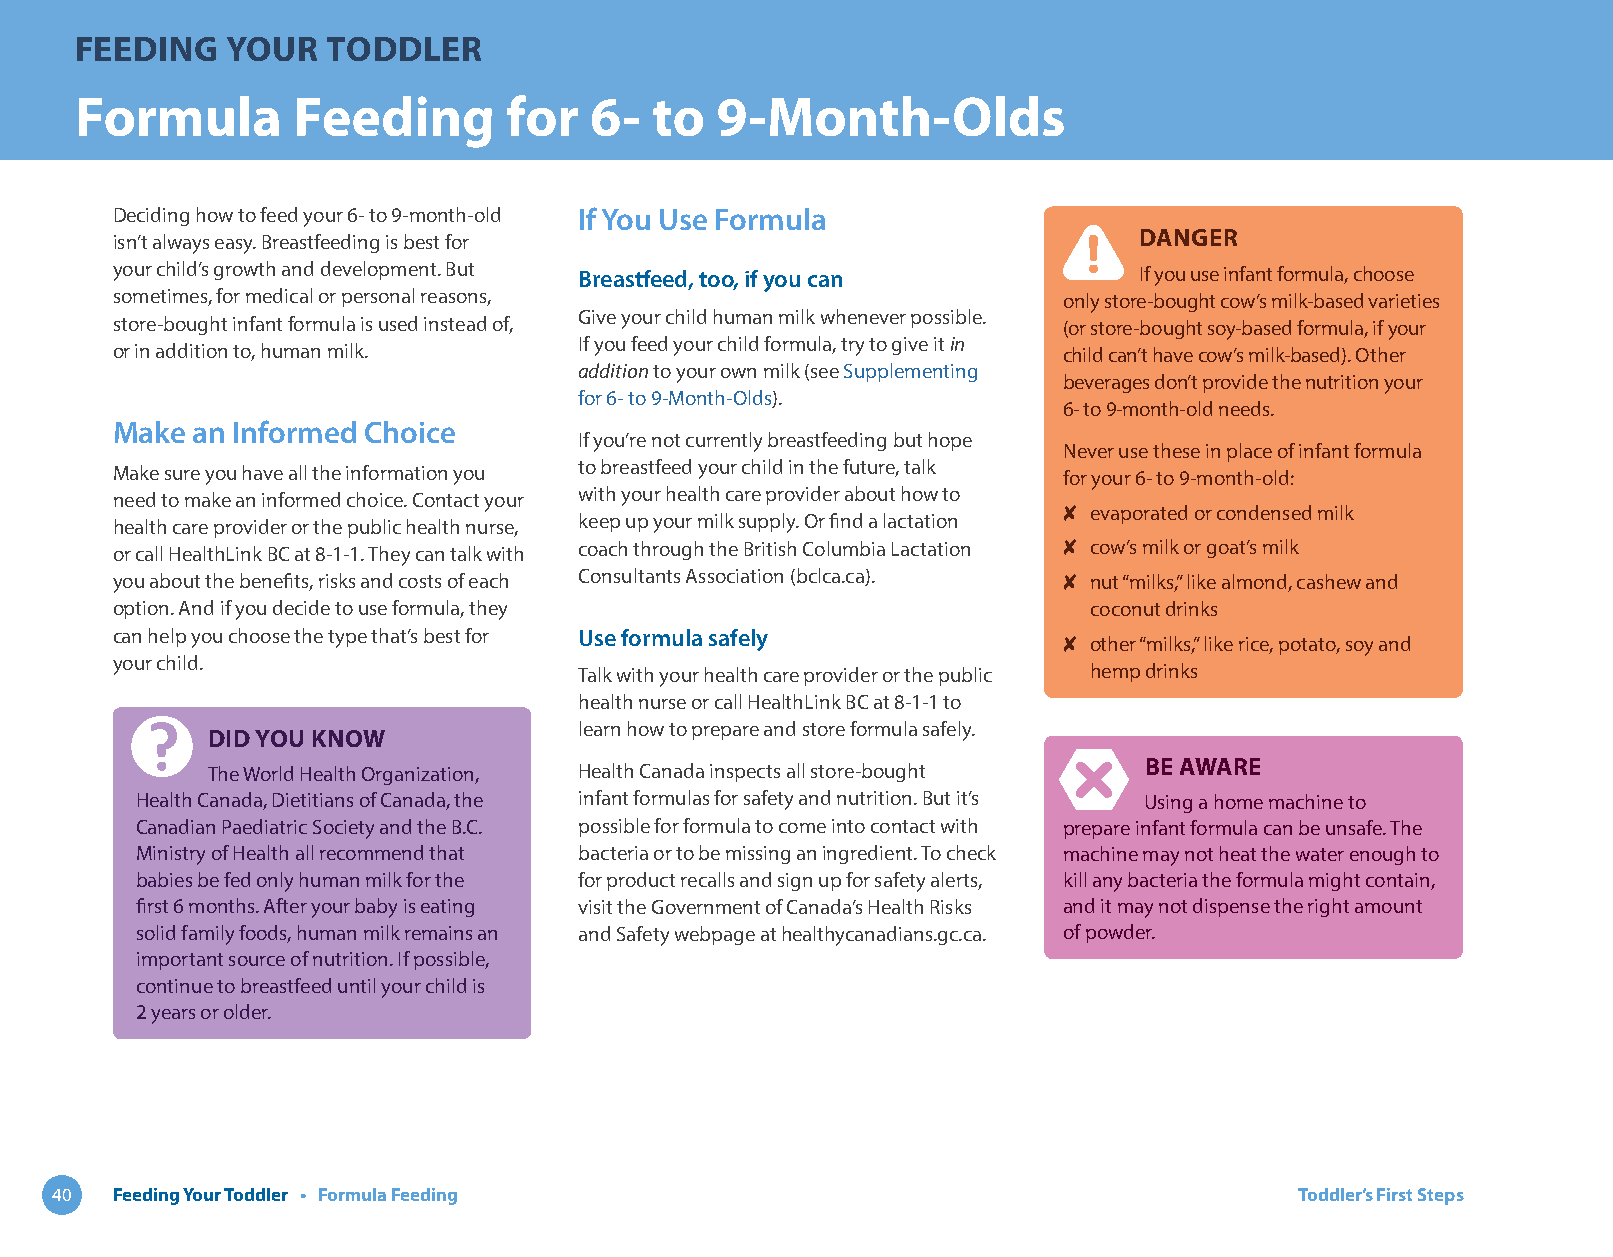
FEEDING   YOUR   TODDLER
 Formula       Feeding        for  6-  to  9-Month-Olds
 Deciding how to feed your 6- to 9-month-old If You Use Formula
 DANGER
 isn’t always easy. Breastfeeding is best for
 your child’s growth and development. But Breastfeed, too, if you can If you use infant formula, choose
 sometimes, for medical or personal reasons,                    only store-bought cow’s milk-based varieties
 Give your child human milk whenever possible.
 store-bought infant formula is used instead of,                (or store-bought soy-based formula, if your
 If you feed your child formula, try to give it in
 or in addition to, human milk.                                 child can’t have cow’s milk-based). Other
 addition to your own milk (see Supplementing
 beverages don’t provide the nutrition your
 for 6- to 9-Month-Olds).
 6- to 9-month-old needs.
 Make  an Informed Choice
 If you’re not currently breastfeeding but hope
 Never use these in place of infant formula
 Make sure you have all the information you to breastfeed your child in the future, talk for your 6- to 9-month-old:
 need to make an informed choice. Contact your with your health care provider about how to
 ✘ evaporated or condensed milk
 health care provider or the public health nurse, keep up your milk supply. Or find a lactation
 or call HealthLink BC at 8-1-1. They can talk with coach through the British Columbia Lactation ✘ cow’s milk or goat’s milk
 you about the benefits, risks and costs of each Consultants Association (bclca.ca). ✘ nut “milks,” like almond, cashew and
 option. And if you decide to use formula, they                   coconut drinks
 can help you choose the type that’s best for Use formula safely ✘ other “milks,” like rice, potato, soy and
 your child.
 Talk with your health care provider or the public hemp drinks
 health nurse or call HealthLink BC at 8-1-1 to
 learn how to prepare and store formula safely.
 DID YOU KNOW
 The World Health Organization, Health Canada inspects all store-bought BE AWARE
 Health Canada, Dietitians of Canada, the infant formulas for safety and nutrition. But it’s Using a home machine to
 Canadian Paediatric Society and the B.C. possible for formula to come into contact with prepare infant formula can be unsafe. The
 Ministry of Health all recommend that bacteria or to be missing an ingredient. To check machine may not heat the water enough to
 babies be fed only human milk for the for product recalls and sign up for safety alerts, kill any bacteria the formula might contain,
 first 6 months. After your baby is eating visit the Government of Canada’s Health Risks and it may not dispense the right amount
 solid family foods, human milk remains an and Safety webpage at healthycanadians.gc.ca. of powder.
 important source of nutrition. If possible,
 continue to breastfeed until your child is
 2 years or older.
 40  Feeding Your Toddler • Formula Feeding                                         Toddler’s First Steps